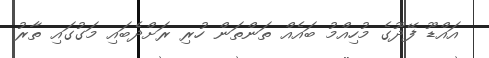
އައްޑޫ ފޭދޫގެ މުހިއްމު ބައެއް ތަންތަން ހުރި ރަށްދެބައި މަގުގައި ތާރު